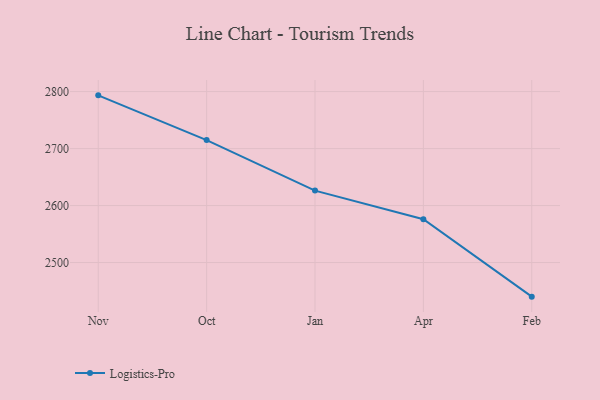
{"axis": {"x": "Month", "y": "Operating Costs (USD K)"}, "legend": ["Logistics-Pro"], "data": [{"x": "Nov", "y": 2793.4, "type": "Logistics-Pro"}, {"x": "Oct", "y": 2714.9, "type": "Logistics-Pro"}, {"x": "Jan", "y": 2626.2, "type": "Logistics-Pro"}, {"x": "Apr", "y": 2576.1, "type": "Logistics-Pro"}, {"x": "Feb", "y": 2440.1, "type": "Logistics-Pro"}]}